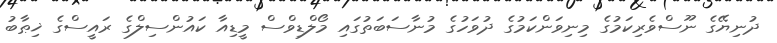
ދުނިޔޭގެ ނޫސްވެރިކަމުގެ މިނިވަންކަމުގެ ދުވަހުގެ މުނާސަބަތުގައި މޯލްޑިވްސް މީޑިއާ ކައުންސިލްގެ ރައީސްގެ ޚިޠާބު